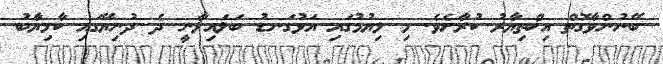
ބޭނުންވާގޮތް އިޚްތިޔާރު ކުރާށެވެ. މި ލިޔުމުގައި އަޅުގަނޑު ބަލައިލާނީ ދެ ދުނިޔޭގައި ކާމިޔާބު